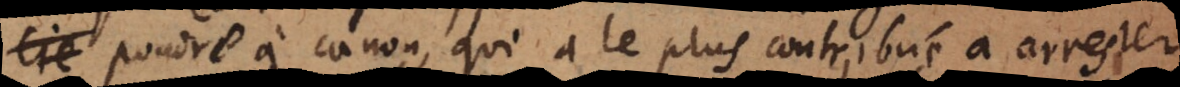
cie poudre à canon, qui a le plus contribué à arrester